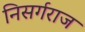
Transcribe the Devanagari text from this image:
निसर्गराज